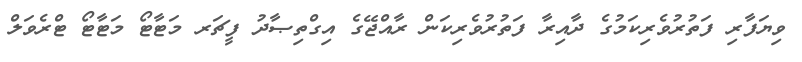
ވިޔަފާރި ފަތުރުވެރިކަމުގެ ދާއިރާ ފަތުރުވެރިކަން ރާއްޖޭގެ އިގްތިޞާދު ފީޗަރ މަޓާޓޯ މަޓާޓޯ ޓްރެވަލް